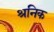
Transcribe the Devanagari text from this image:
श्रनिक